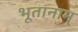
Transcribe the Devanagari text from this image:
भूतानाम्